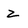
Character: 2